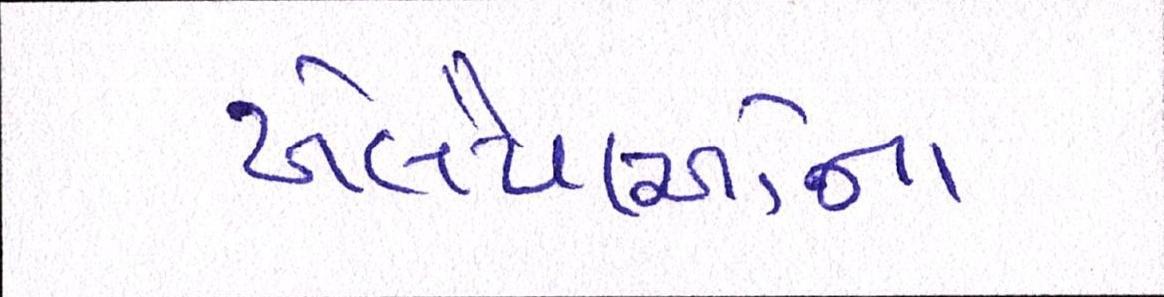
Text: ખેલૈયાઓના